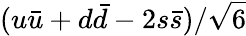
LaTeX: (u\bar{u}+d\bar{d}-2s\bar{s})/\sqrt{6}